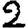
Digit: 2